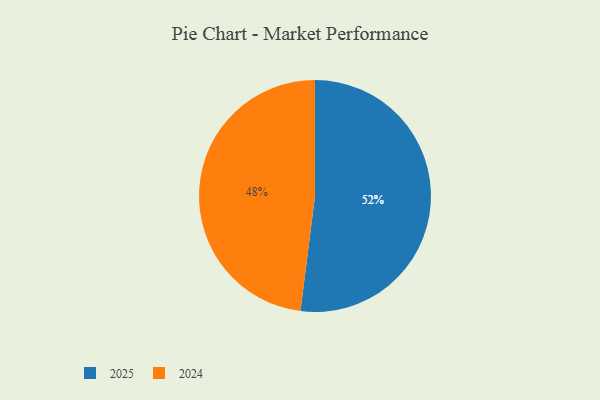
{"axis": {"x": "Category", "y": "Percentage"}, "legend": ["2024", "2025"], "data": [{"x": "2025", "y": 52, "type": "2025"}, {"x": "2024", "y": 48, "type": "2024"}]}